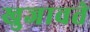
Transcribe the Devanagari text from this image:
खुजावते